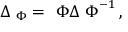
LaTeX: \Delta _ { { \ \Phi } } = { \ \Phi } \Delta { \ \Phi } ^ { - 1 } \, ,